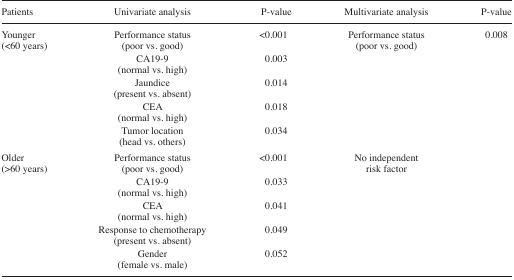
<table><thead><tr><td><b>Patients</b></td><td><b>Univariate analysis</b></td><td><b>P-value</b></td><td><b>Multivariate analysis</b></td><td><b>P-value</b></td></tr></thead><tbody><tr><td rowspan="5">Younger (&lt;60 years)</td><td>Performance status (poor vs. good)</td><td>&lt;0.001</td><td rowspan="5">Performance status (poor vs. good)</td><td rowspan="5">0.008</td></tr><tr><td>CA19-9 (normal vs. high)</td><td>0.003</td></tr><tr><td>Jaundice (present vs. absent)</td><td>0.014</td></tr><tr><td>CEA (normal vs. high)</td><td>0.018</td></tr><tr><td>Tumor location (head vs. others)</td><td>0.034</td></tr><tr><td rowspan="5">Older (&gt;60 years)</td><td>Performance status (poor vs. good)</td><td>&lt;0.001</td><td rowspan="5">No independent risk factor</td><td rowspan="5"></td></tr><tr><td>CA19-9 (normal vs. high)</td><td>0.033</td></tr><tr><td>CEA (normal vs. high)</td><td>0.041</td></tr><tr><td>Response to chemotherapy (present vs. absent)</td><td>0.049</td></tr><tr><td>Gender (female vs. male)</td><td>0.052</td></tr></tbody></table>